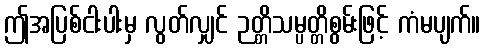
ဤအပြစ်ငါးပါးမှ လွတ်လျှင် ဉတ္တိသမ္ပတ္တိစွမ်းဖြင့် ကံမပျက်။